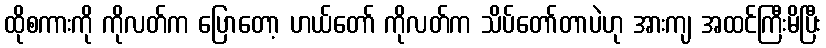
ထိုစကားကို ကိုလတ်က ပြောတော့ ဟယ်တော် ကိုလတ်က သိပ်တော်တာပဲဟု အားကျ အထင်ကြီးမိပြီး